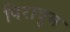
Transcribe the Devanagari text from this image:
पिरावुम